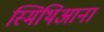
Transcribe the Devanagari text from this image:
स्मिथिआना